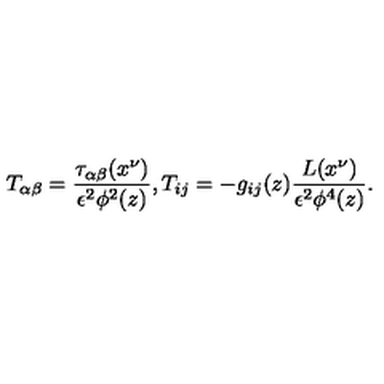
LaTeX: T _ { \alpha \beta } = \frac { \tau _ { \alpha \beta } ( x ^ { \nu } ) } { \epsilon ^ { 2 } \phi ^ { 2 } ( z ) } , T _ { i j } = - g _ { i j } ( z ) \frac { L ( x ^ { \nu } ) } { \epsilon ^ { 2 } \phi ^ { 4 } ( z ) } .